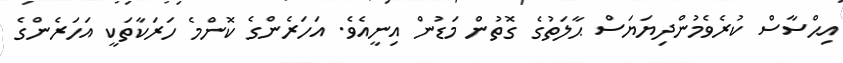
އިޙްސާސް ކުރެވެމުންދިޔަޔަސް ޙާލަތުގެ ގޮތުން މަޑުން އިނީއެވެ. އަހަރެންގެ ކޮންމެ ހަރަކާތަކީ އަހަރެންގެ